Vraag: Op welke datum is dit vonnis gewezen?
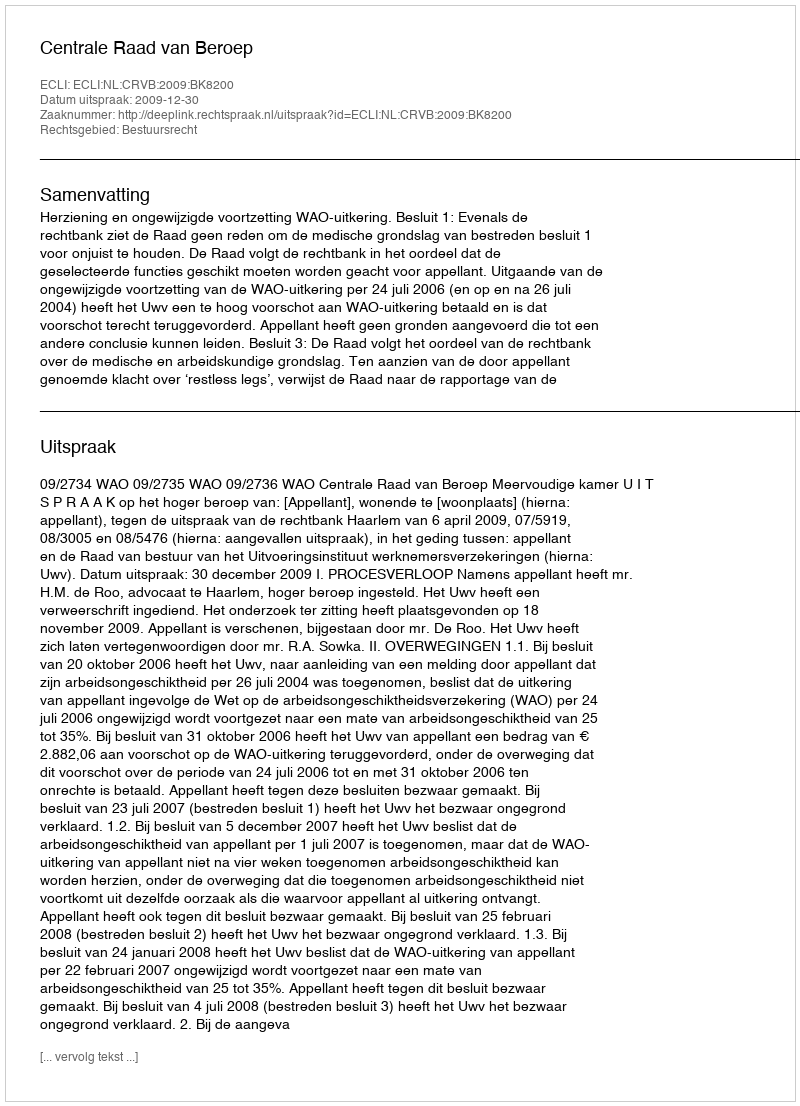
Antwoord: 2009-12-30